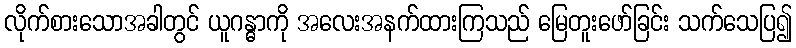
လိုက်စားသောအခါတွင် ယူဂန္ဓာကို အလေးအနက်ထားကြသည် မြေတူးဖော်ခြင်း သက်သေပြ၍